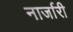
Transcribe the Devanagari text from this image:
नार्जारी